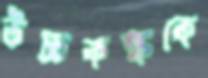
উচ্চকক্ষকে